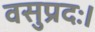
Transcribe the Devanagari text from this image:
वसुप्रदः।